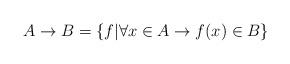
LaTeX: \begin{align*}A \rightarrow B=\{f| \forall x \in A \rightarrow f(x) \in B \}\end{align*}